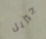
جيزيل